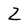
Character: Z